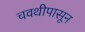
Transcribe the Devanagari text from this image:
चवथीपासून